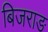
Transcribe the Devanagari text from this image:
बिजराङ